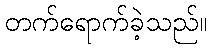
တက်ရောက်ခဲ့သည်။